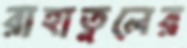
রাহাতুলের